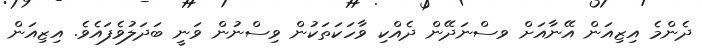
ދެންމެ އިޒިއަން އޭނާއަށް ވސްނަދޭން ދެއްކި ވާހަކަތަކުން ވިސްނުން ވަނީ ބަދަލުވެފައެވެ. އިޒިއަން